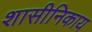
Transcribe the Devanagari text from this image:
शासीनिकाय